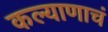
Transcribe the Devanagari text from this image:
कल्याणाचं